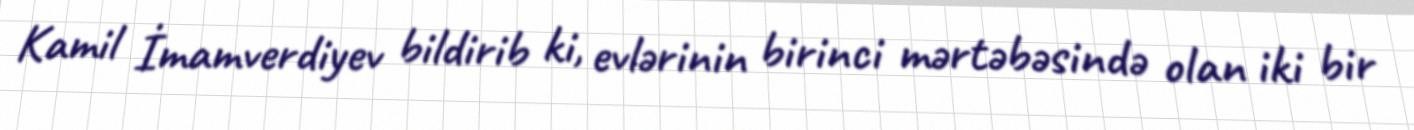
Kamil İmamverdiyev bildirib ki, evlərinin birinci mərtəbəsində olan iki bir